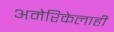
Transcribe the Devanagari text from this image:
अमेरिकेलाही